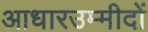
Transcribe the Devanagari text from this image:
आधारउम्मीदों